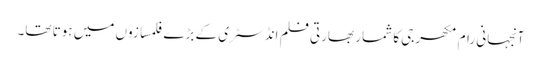
آنجہانی رام مکھرجی کا شمار بھارتی فلم انڈسٹری کے بڑے فلمسازوں میں ہوتا تھا۔